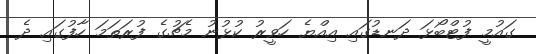
ގައުމީ ފުޓްބޯޅަ ދަނޑުގައި އިއްޔެ ހަވީރު ކުޅުނު މެޗުގެ ފުރަތަމަ ހާފުގައި ދެ